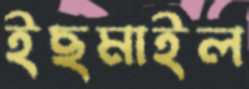
ইছমাইল